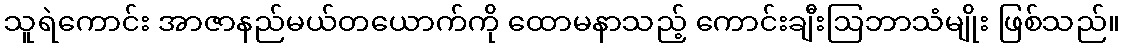
သူရဲကောင်း အာဇာနည်မယ်တယောက်ကို ထောမနာသည့် ကောင်းချီးဩဘာသံမျိုး ဖြစ်သည်။